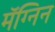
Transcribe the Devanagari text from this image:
मॅग्निन